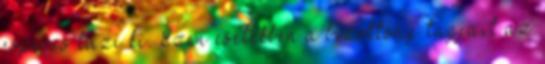
esperes tűzi ki. Ezen esetekben a bizottság tagjait az